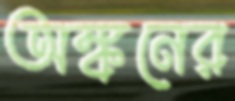
অঙ্কনের